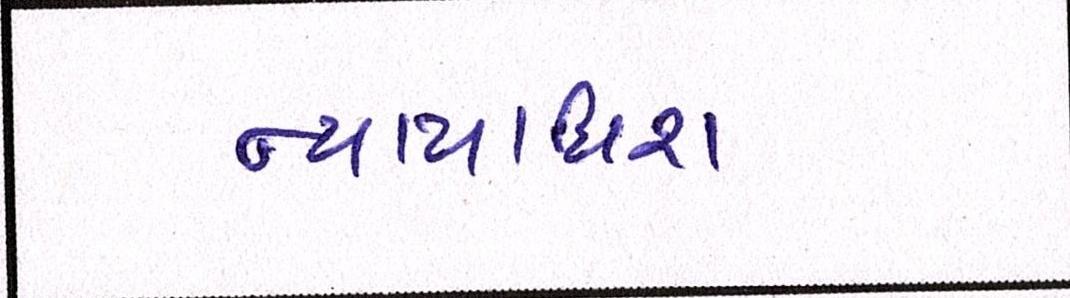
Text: ન્યાયાધિશ